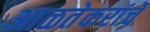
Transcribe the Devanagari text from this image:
आळतेकरांचे